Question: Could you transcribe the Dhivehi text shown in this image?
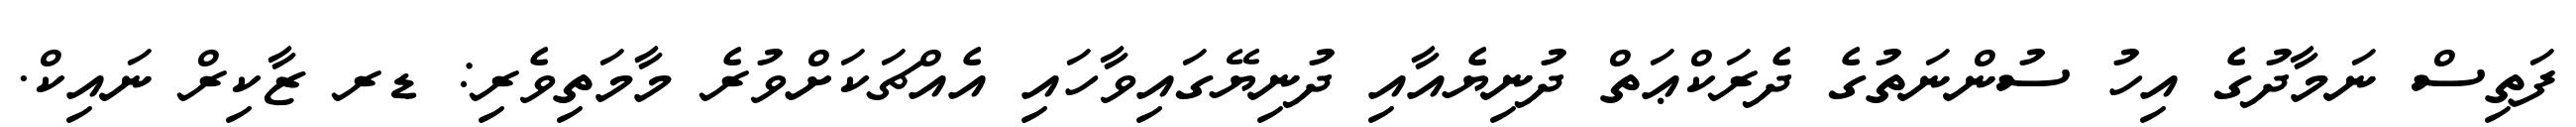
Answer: ފަތިސް ނަމާދުގެ އިހު ސުންނަތުގެ ދެރަކްޢަތް ދުނިޔެއާއި ދުނިޔޭގައިވާހައި އެއްޗަކަށްވުރެ މާމަތިވެރި: ޑރ ޒާކިރް ނައިކް.